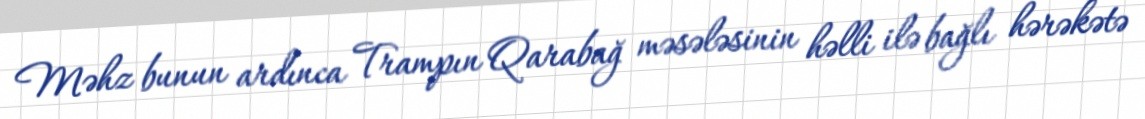
Məhz bunun ardınca Trampın Qarabağ məsələsinin həlli ilə bağlı hərəkətə